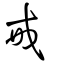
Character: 戒